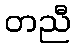
တညီ